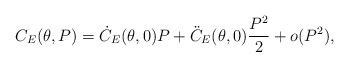
LaTeX: \begin{align*}C_E(\theta,P) = \dot{C}_E(\theta,0) P + \ddot{C}_E(\theta,0) \frac{P^2}{2} + o(P^2),\end{align*}